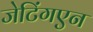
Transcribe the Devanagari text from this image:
जेटिंगएन